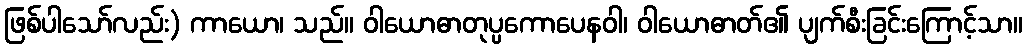
ဖြစ်ပါသော်လည်း) ကာယော၊ သည်။ ဝါယောဓာတုပ္ပကောပေနဝါ၊ ဝါယောဓာတ်၏ ပျက်စီးခြင်းကြောင့်သာ။